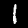
Digit: 1